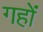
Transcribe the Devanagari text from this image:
गहों